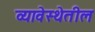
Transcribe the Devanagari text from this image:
व्यावेस्थेतील